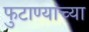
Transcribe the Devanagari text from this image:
फुटाण्यांच्या